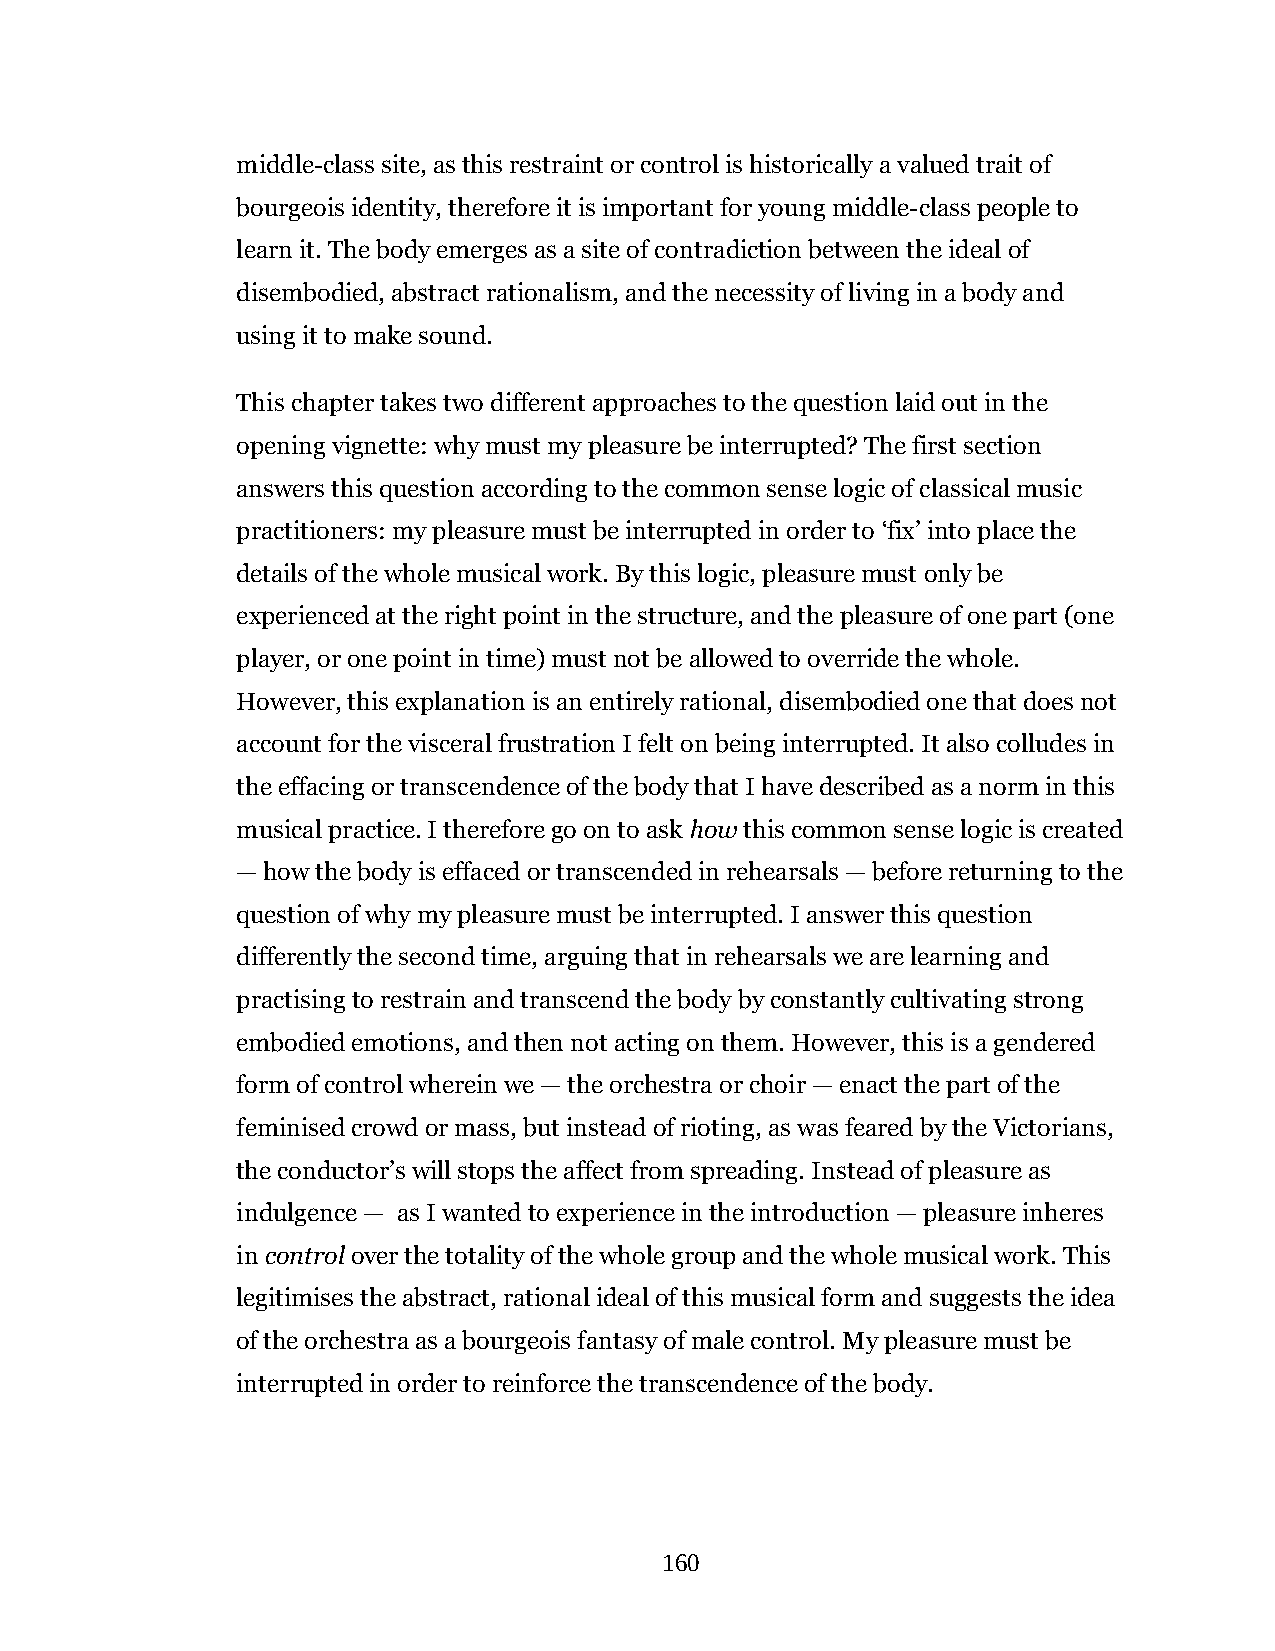
middle-class site, as this restraint or control is historically a valued trait of
 bourgeois identity, therefore it is important for young middle-class people to
 learn it. The body emerges as a site of contradiction between the ideal of
 disembodied, abstract rationalism, and the necessity of living in a body and
 using it to make sound.
 This chapter takes two different approaches to the question laid out in the
 opening vignette: why must my pleasure be interrupted? The first section
 answers this question according to the common sense logic of classical music
 practitioners: my pleasure must be interrupted in order to ‘fix’ into place the
 details of the whole musical work. By this logic, pleasure must only be
 experienced at the right point in the structure, and the pleasure of one part (one
 player, or one point in time) must not be allowed to override the whole.
 However, this explanation is an entirely rational, disembodied one that does not
 account for the visceral frustration I felt on being interrupted. It also colludes in
 the effacing or transcendence of the body that I have described as a norm in this
 musical practice. I therefore go on to ask how this common sense logic is created
 — how the body is effaced or transcended in rehearsals — before returning to the
 question of why my pleasure must be interrupted. I answer this question
 differently the second time, arguing that in rehearsals we are learning and
 practising to restrain and transcend the body by constantly cultivating strong
 embodied emotions, and then not acting on them. However, this is a gendered
 form of control wherein we — the orchestra or choir — enact the part of the
 feminised crowd or mass, but instead of rioting, as was feared by the Victorians,
 the conductor’s will stops the affect from spreading. Instead of pleasure as
 indulgence — as I wanted to experience in the introduction — pleasure inheres
 in control over the totality of the whole group and the whole musical work. This
 legitimises the abstract, rational ideal of this musical form and suggests the idea
 of the orchestra as a bourgeois fantasy of male control. My pleasure must be
 interrupted in order to reinforce the transcendence of the body.
 160